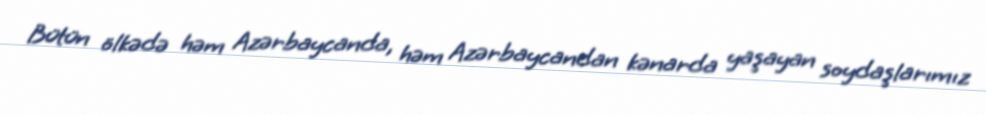
Bütün ölkədə həm Azərbaycanda, həm Azərbaycandan kənarda yaşayan soydaşlarımız